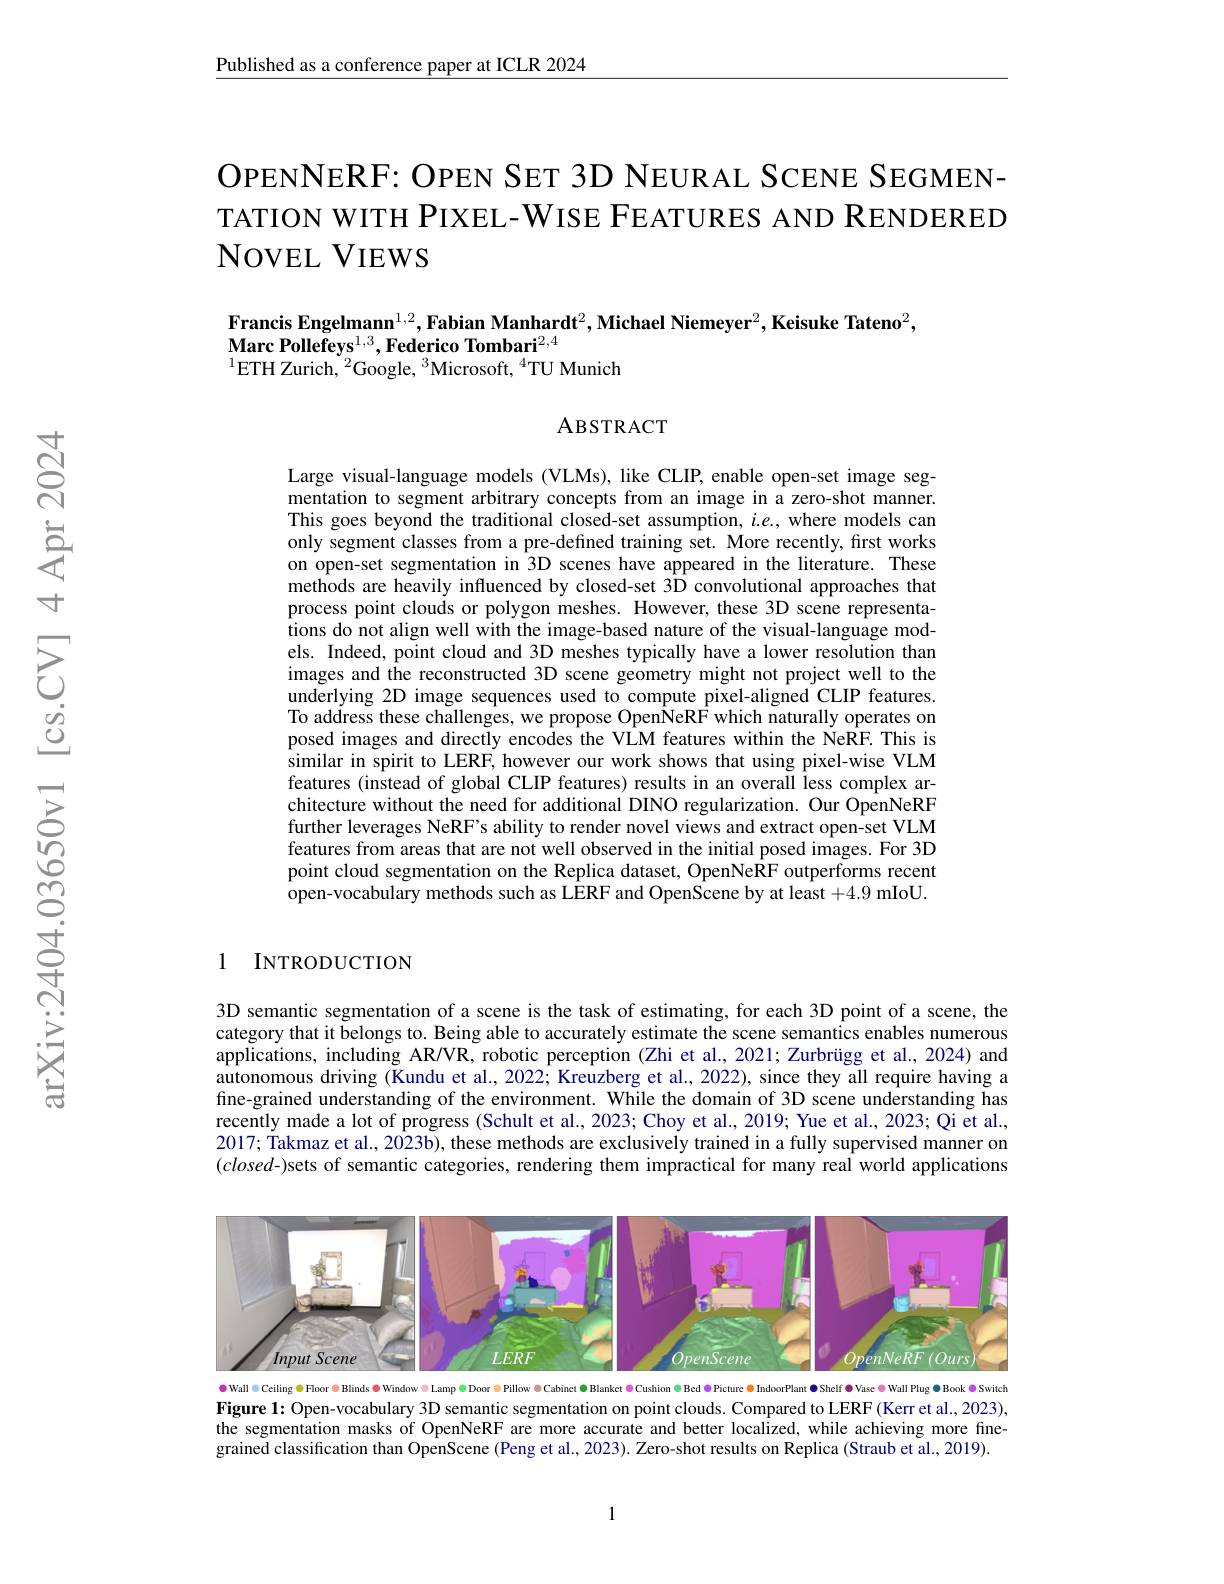
Published as a conference paper at ICLR 2024

OPENNERF: OPEN SET 3D NEURAL SCENE SEGMEN- TATION WITH PIXEL-WISE FEATURES AND RENDERED NOVEL VIEWS

Francis Engelmann$^1,2,\textbf{Fabian Manhardt}^2,\textbf{Michael Niemeyer}^2,\textbf{Keisuke Tateno}^2$,
$\mathbf{MarcPollefeys}^{1, 3}, \mathbf{Federico}\textbf{Tombari}^{2, 4}$
$^{1}$ETH Zurich, $^2$Google, $^3$Microsoft, $^4$TU Munich

### ABSTRACT

Large visual-language models (VLMs), like CLIP, enable open-set image segmentation to segment arbitrary concepts from an image in a zero-shot manner. This goes beyond the traditional closed-set assumption, $i.e.$, where models can only segment classes from a pre-defined training set. More recently, first works on open-set segmentation in 3D scenes have appeared in the literature. These methods are heavily influenced by closed-set 3ÎD convolutional approaches that process point clouds or polygon meshes. However, these 3D scene representations do not align well with the image-based nature of the visual-language models. Indeed, point cloud and 3D meshes typically have a lower resolution than images and the reconstructed 3D scene geometry might not project well to the underlying 2D image sequences used to compute pixel-aligned CLIP features. To address these challenges, we propose OpenNeRF which naturally operates on posed images and directly encodes the VLM features within the NeRF. This is similar in spirit to LERF, however our work shows that using pixel-wise VLM features (instead of global CLIP features) results in an overall less complex architecture without the need for additional DINO regularization. Our OpenNeRF further leverages NeRF's ability to render novel views and extract open-set VLM features from areas that are not well observed in the initial posed images. For 3D point cloud segmentation on the Replica dataset, OpenNe$\hat{\text{RF outperforms recent}}$ open-vocabulary methods such as L$\hat{E}$RF and OpenScene by at least +4.9 mIoU.

1 INTRODUCTION

3D semantic segmentation of a scene is the task of estimating, for each 3D point of a scene, the category that it belongs to. Being able to accurately estimate the scene semantics enables numerous applications, including AR/VR, robotic perception (Zhi et al., 2021; Zurbrügg et al., 2024) and autonomous driving (Kundu et al., 2022; Kreuzberg et al., 2022), since they all require having a fine-grained understanding of the environment. While the domain of 3D scene understanding has recently made a lot of progress (Schult et al., 2023; Choy et al., 2019; Yue et al., 2023; Qi et al., 2017; Takmaz et al. , 2023b) , these methods are exclusively trained in a fully supervised manner on $(closed-)$sets of semantic categories, rendering them impractical for many real world applications

<FigureHere>
$\bullet$ Wall Cciling $\oplus$Foor $\in$Blinds $\oplus$ Window $\oplus$ Lamp $\oplus$ Door $\oplus$ Pillow $\equiv$ Cabinet $\notin$ Blanket $\triangleq$ Cushion $\oplus$ Bed $\oplus$ Picture $\triangleq$ IndoorPlant Ф Shelf $\emptyset$ Vasc $\emptyset$ Wall Plug $\triangleq$Book $\Theta$ Switch

Figure 1: Open-vocabulary 3D semantic segmentation on point clouds. Compared to LERF (Kerr et al., 2023), the segmentation masks of OpenNeRF are more accurate and better localized, while achieving more finegrained classification than OpenScene (Peng et al., 2023). Zero-shot results on Replica (Straub et al., 2019).

1